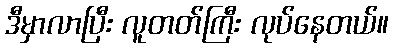
ဒီမှာလာပြီး လူတတ်ကြီး လုပ်နေတယ်။